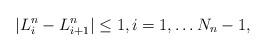
LaTeX: \begin{align*} |L_i^n-L_{i+1}^n| \leq1,i=1,\dots N_n-1,\end{align*}